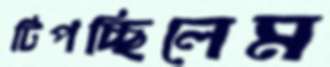
টিপচ্ছিলেম